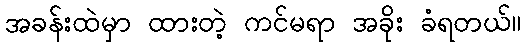
အခန်းထဲမှာ ထားတဲ့ ကင်မရာ အခိုး ခံရတယ်။